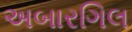
અબારગિલ